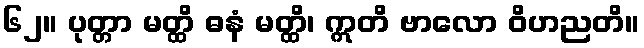
၆၂။ ပုတ္တာ မတ္ထိ ဓနံ မတ္ထိ၊ ဣတိ ဗာလော ဝိဟညတိ။